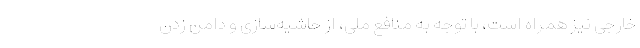
خارجی نیز همراه است، با توجه به منافع ملی، از حاشیه‌سازی و دامن زدن